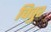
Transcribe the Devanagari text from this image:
चित्तुर